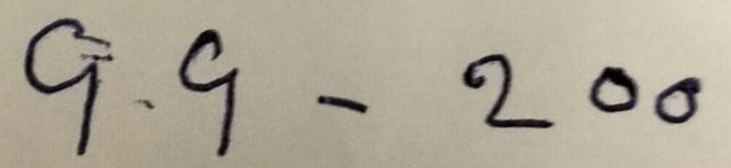
99 - 200